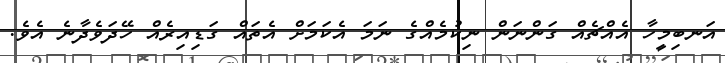
އަނބިމީހާ އެއްޗެއް ގަންނަން ނިކުމެއްގެ ނަމަ އެކަމަށް އެތައް ގަޑިއިރެއް ހޭދަވެދާނެ އެވެ.